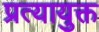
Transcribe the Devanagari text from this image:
प्रत्यायुक्त